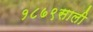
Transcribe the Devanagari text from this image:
१८७९साली